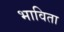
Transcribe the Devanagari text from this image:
भाविता